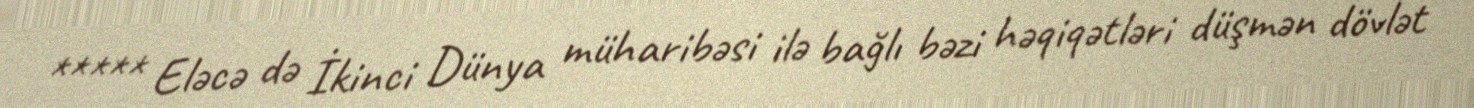
***** Eləcə də İkinci Dünya müharibəsi ilə bağlı bəzi həqiqətləri düşmən dövlət